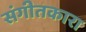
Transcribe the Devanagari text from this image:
संगीतकारा